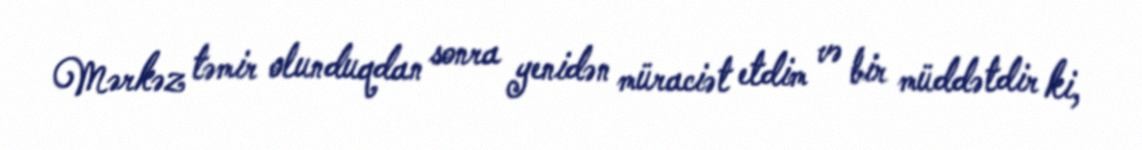
Mərkəz təmir olunduqdan sonra yenidən müraciət etdim və bir müddətdir ki,